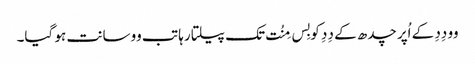
وو دِدِ کے اُپر چدھ کے دِدِ کو بِس مِنُت تک پیلتا رہا تب وو سانت ہو گیا۔